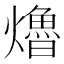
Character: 𤑟